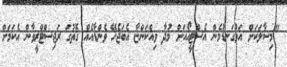
"މިސާލަކަށް އަޅުގަނޑުމެން އެސްޓީއޯއަށް މުދާ ވިއްކަންޏާ އެބަޖެހޭ ވެންޑާއެއް ގޮތުގަ ރަޖިސްޓްރީވާން އެކަމަށް